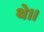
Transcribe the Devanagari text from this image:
थे॥